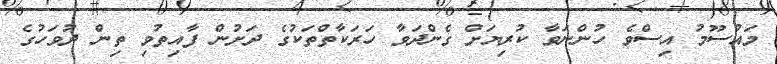
މައުސޫމު އިސްވެ ހުންނަވާ ކުރިޔަށް ގެންދަވާ ހަރަކާތްތަކުގެ ދަށުން ފާއިތުވި ތިން ދުވަހުގެ